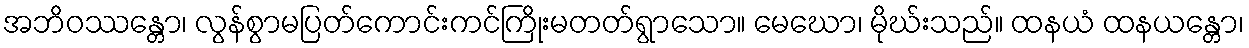
အဘိဝဿန္တော၊ လွန်စွာမပြတ်ကောင်းကင်ကြိုးမတတ်ရွာသော။ မေဃော၊ မိုဃ်းသည်။ ထနယံ ထနယန္တော၊